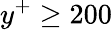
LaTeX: y^{+}\geq 200